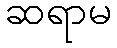
ဆရာမ